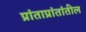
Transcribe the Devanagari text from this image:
प्रांताप्रांतांतील